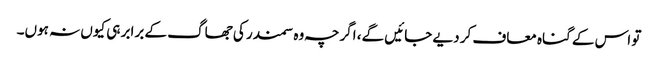
تو اس کے گناہ معاف کر دیے جائیں گے، اگرچہ وہ سمندر کی جھاگ کے برابر ہی کیوں نہ ہوں۔